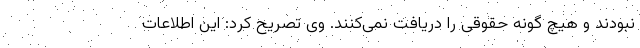
نبودند و هیچ گونه حقوقی را دریافت نمی‌کنند. وی تصریح کرد: این اطلاعات